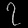
Digit: ၇